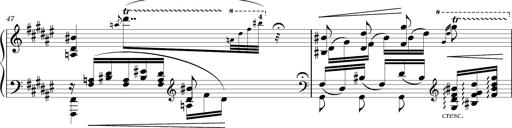
Title: Schlummerlied mit Arabesken
Composer: Franz Liszt
Key: F-sharp major